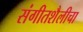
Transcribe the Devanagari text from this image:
संगीतशैलीचा